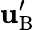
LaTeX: {\mathbf{u}}_{\mathrm{{B}}}^{\prime}